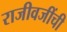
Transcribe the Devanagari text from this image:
राजीवजींची